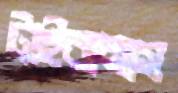
টাইরানাস